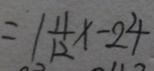
= 1 \frac { 1 1 } { 1 2 } x - 2 4